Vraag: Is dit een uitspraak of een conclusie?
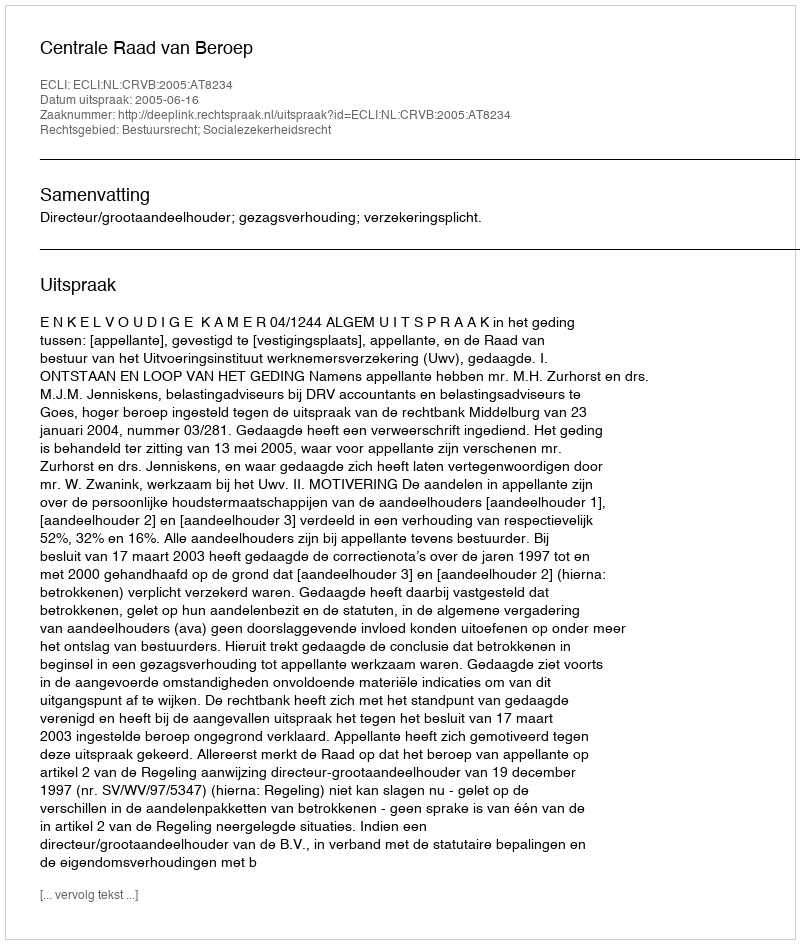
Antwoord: Uitspraak